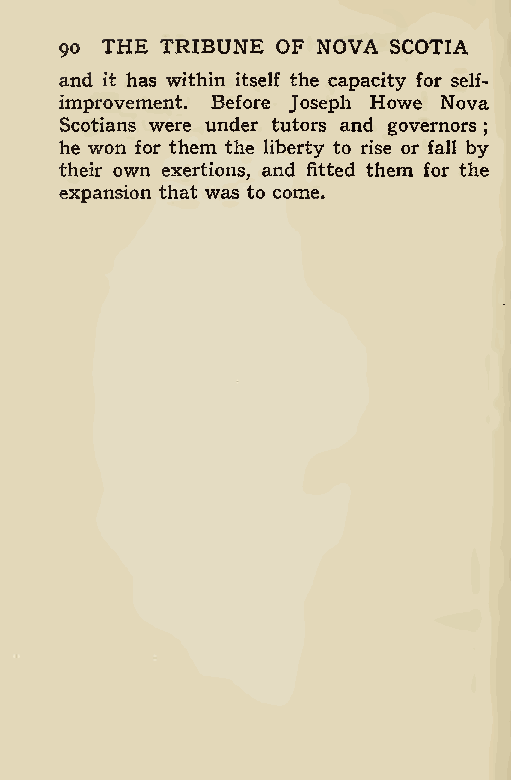
90 THE TRIBUNE OF NOVA SCOTIA
 and it has within itself the capacity for self-
 improvement. Before Joseph Howe Nova
 Scotians were under tutors and governors
 he won for them the liberty to rise or fall by;
 their own exertions, and fitted them for the
 expansion that was to come.